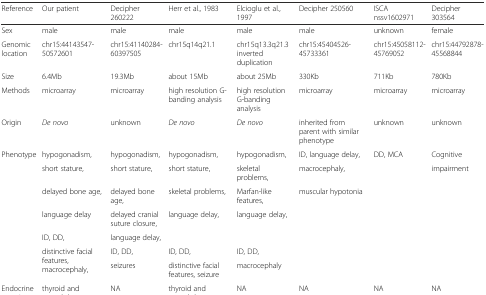
| Reference | Our patient | Decipher 260222 | Herr et al., 1983 | Elcioglu et al., 1997 | Decipher 250560 | ISCA nssv1602971 | Decipher 303564 |
 | --- | --- | --- | --- | --- | --- | --- | --- |
 | Sex | male | male | male | male | male | unknown | female |
 | Genomic location | chr15:44143547-50572601 | chr15:41140284-60397505 | chr15q14q21.1 | chr15q13.3q21.3 inverted duplication | chr15:45404526-45733361 | chr15:45058112-45769052 | chr15:44792878-45568844 |
 | Size | 6.4Mb | 19.3Mb | about 15Mb | about 25Mb | 330Kb | 711Kb | 780Kb |
 | Methods | microarray | microarray | high resolution G-banding analysis | high resolution G-banding analysis | microarray | microarray | microarray |
 | Origin | De novo | unknown | De novo | De novo | inherited from parent with similar phenotype | unknown | unknown |
 | Phenotype | hypogonadism, | hypogonadism, | hypogonadism, | hypogonadism, | ID, language delay, | DD, MCA | Cognitive |
 |  | short stature, | short stature, | short stature, | skeletal problems, | macrocephaly, |  | impairment |
 |  | delayed bone age, | delayed bone age, | skeletal problems, | Marfan-like features, | muscular hypotonia |  |  |
 |  | language delay | delayed cranial suture closure, | <ROWSPAN=2> language delay, | <ROWSPAN=2> language delay, | <ROWSPAN=2>  | <ROWSPAN=2>  | <ROWSPAN=2>  |
 |  | ID, DD, | language delay, |
 | <ROWSPAN=2>  | <ROWSPAN=2> distinctive facial features, macrocephaly, | ID, DD, | ID, DD, | ID, DD, | <ROWSPAN=2>  | <ROWSPAN=2>  | <ROWSPAN=2>  |
 | seizures | distinctive facial features, seizure | macrocephaly |
 | Endocrine examine | thyroid and growth hormone are normal | NA | thyroid and growth hormone are normal | NA | NA | NA | NA |